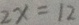
2 x = 1 2